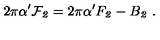
2 \pi \alpha ^ { \prime } { \cal F } _ { \it 2 } = 2 \pi \alpha ^ { \prime } F _ { \it 2 } - B _ { \it 2 } \ .